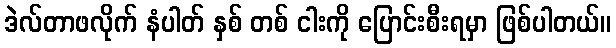
ဒဲလ်တာဖလိုက် နံပါတ် နှစ် တစ် ငါးကို ပြောင်းစီးရမှာ ဖြစ်ပါတယ်။